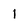
Character: 1